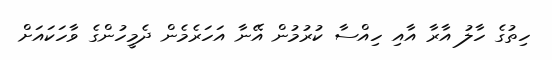
ހިތުގެ ހާލު އާރާ އާއި ހިއްސާ ކުރުމުން އޭނާ އަހަރެމެން ދެމީހުންގެ ވާހަކައަށް